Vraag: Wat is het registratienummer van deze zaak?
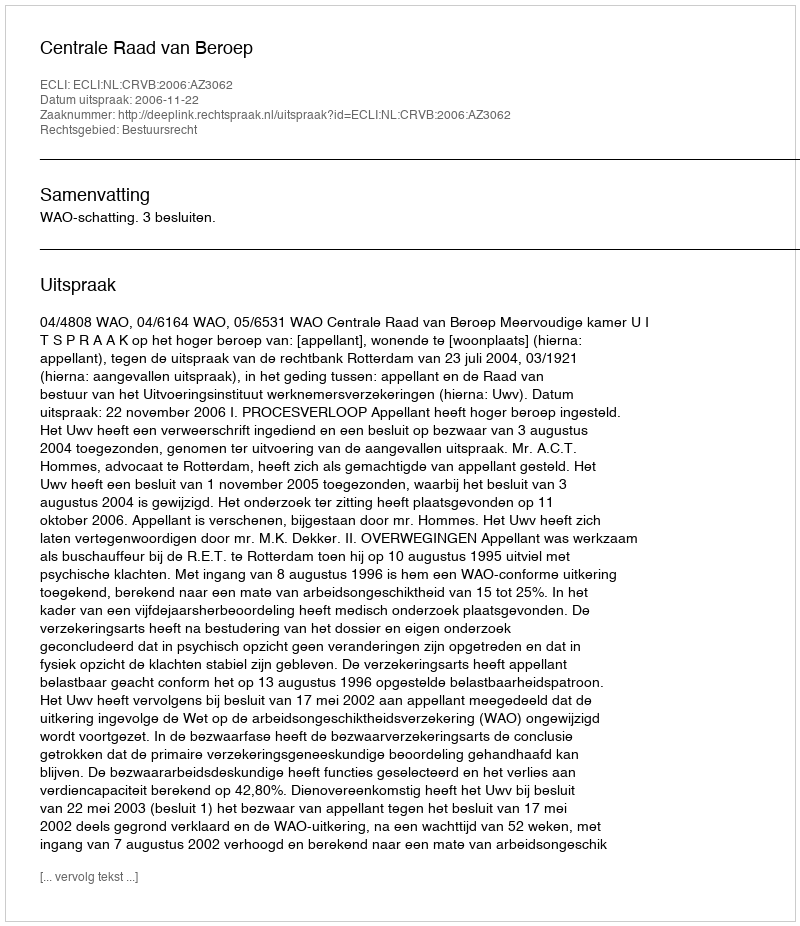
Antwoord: http://deeplink.rechtspraak.nl/uitspraak?id=ECLI:NL:CRVB:2006:AZ3062